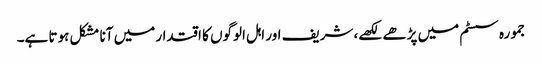
جمورہ سسٹم میں پڑھے لکھے، شریف اور اہل الوگوں کا اقتدار میں آنا مشکل ہوتا ہے۔